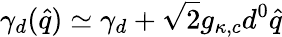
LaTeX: \gamma_{d}(\hat{q})\simeq\gamma_{d}+\sqrt{2}g_{\kappa,c}d^{0}\hat{q}